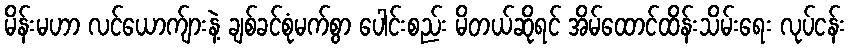
မိန်းမဟာ လင်ယောက်ျားနဲ့ ချစ်ခင်စုံမက်စွာ ပေါင်းစည်း မိတယ်ဆိုရင် အိမ်ထောင်ထိန်းသိမ်းရေး လုပ်ငန်း